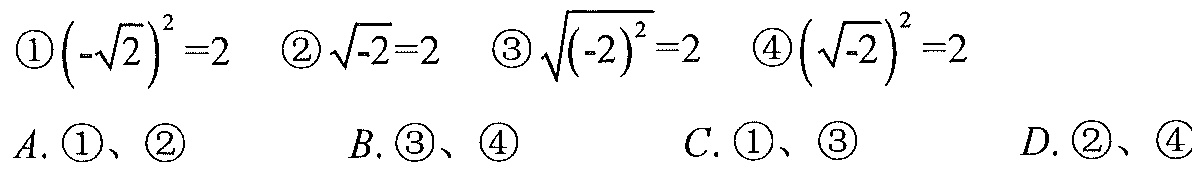
\textcircled{1}\(\left(-\sqrt{2}\right)^{2}=2\)  \textcircled{2}\(\sqrt{-2}=2\)  \textcircled{3}\(\sqrt{\left(-2\right)^{2}}=2\)  \textcircled{4}\(\left(\sqrt{-2}\right)^{2}=2\)
\(A.\)\textcircled{1}、\textcircled{2}  \(B.\)\textcircled{3}、\textcircled{4}  \(C.\)\textcircled{1}、\textcircled{3}  \(D.\)\textcircled{2}、\textcircled{4}